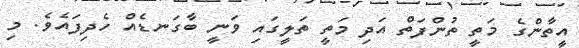
އީތާންގެ މަތީ ތުންފަތް އަދި މަތީ ތަލީގައި ވަނީ ބާގަނޑެއް ހެދިފައެވެ. މި